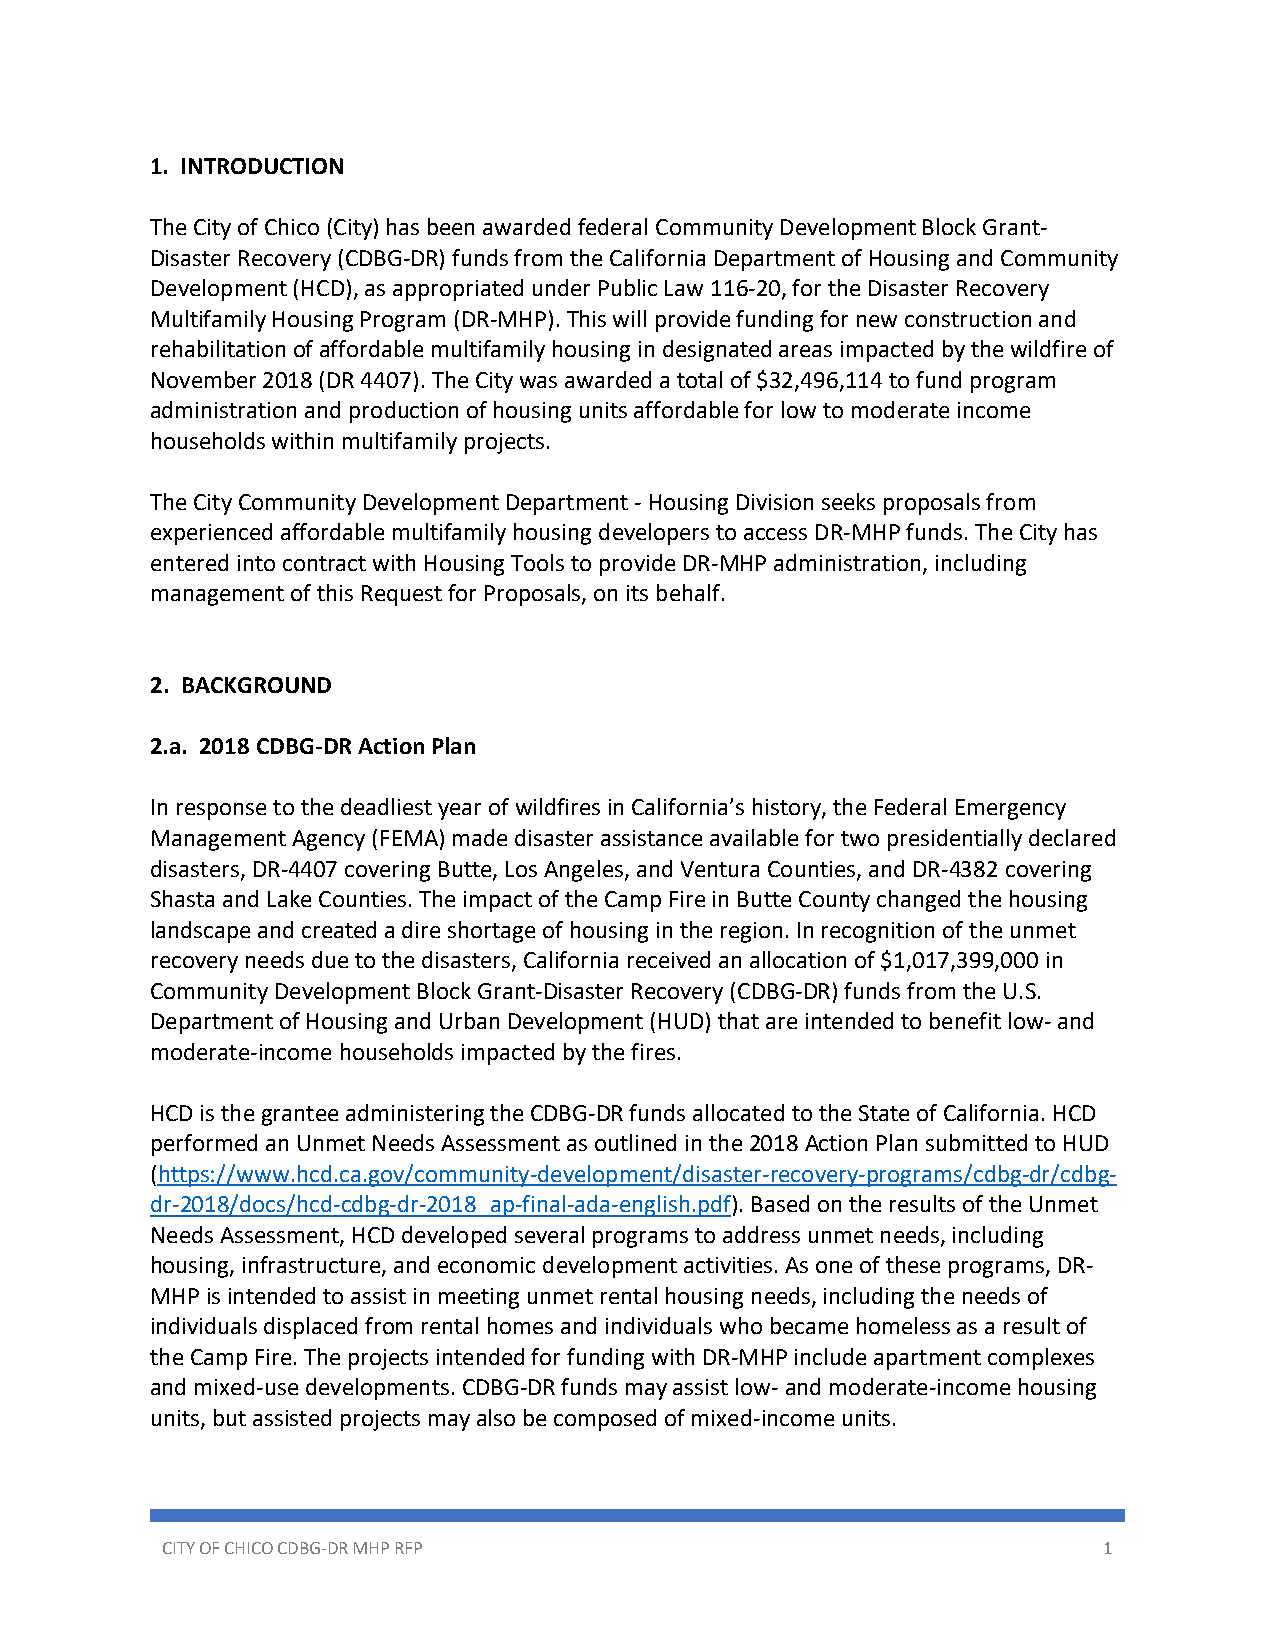
1. INTRODUCTION
 The City of Chico (City) has been awarded federal Community Development Block Grant-
 Disaster Recovery (CDBG-DR) funds from the California Department of Housing and Community
 Development (HCD), as appropriated under Public Law 116-20, for the Disaster Recovery
 Multifamily Housing Program (DR-MHP). This will provide funding for new construction and
 rehabilitation of affordable multifamily housing in designated areas impacted by the wildfire of
 November 2018 (DR 4407). The City was awarded a total of $32,496,114 to fund program
 administration and production of housing units affordable for low to moderate income
 households within multifamily projects.
 The City Community Development Department - Housing Division seeks proposals from
 experienced affordable multifamily housing developers to access DR-MHP funds. The City has
 entered into contract with Housing Tools to provide DR-MHP administration, including
 management of this Request for Proposals, on its behalf.
 2. BACKGROUND
 2.a. 2018 CDBG-DR Action Plan
 In response to the deadliest year of wildfires in California’s history, the Federal Emergency
 Management Agency (FEMA) made disaster assistance available for two presidentially declared
 disasters, DR-4407 covering Butte, Los Angeles, and Ventura Counties, and DR-4382 covering
 Shasta and Lake Counties. The impact of the Camp Fire in Butte County changed the housing
 landscape and created a dire shortage of housing in the region. In recognition of the unmet
 recovery needs due to the disasters, California received an allocation of $1,017,399,000 in
 Community Development Block Grant-Disaster Recovery (CDBG-DR) funds from the U.S.
 Department of Housing and Urban Development (HUD) that are intended to benefit low- and
 moderate-income households impacted by the fires.
 HCD is the grantee administering the CDBG-DR funds allocated to the State of California. HCD
 performed an Unmet Needs Assessment as outlined in the 2018 Action Plan submitted to HUD
 (https://www.hcd.ca.gov/community-development/disaster-recovery-programs/cdbg-dr/cdbg-
 dr-2018/docs/hcd-cdbg-dr-2018_ap-final-ada-english.pdf). Based on the results of the Unmet
 Needs Assessment, HCD developed several programs to address unmet needs, including
 housing, infrastructure, and economic development activities. As one of these programs, DR-
 MHP is intended to assist in meeting unmet rental housing needs, including the needs of
 individuals displaced from rental homes and individuals who became homeless as a result of
 the Camp Fire. The projects intended for funding with DR-MHP include apartment complexes
 and mixed-use developments. CDBG-DR funds may assist low- and moderate-income housing
 units, but assisted projects may also be composed of mixed-income units.
 CITY OF CHICO CDBG-DR MHP RFP                                 1